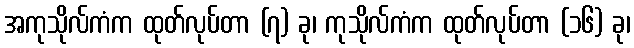
အကုသိုလ်ကံက ထုတ်လုပ်တာ (၇) ခု၊ ကုသိုလ်ကံက ထုတ်လုပ်တာ (၁၆) ခု၊